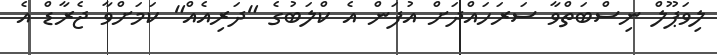
ލިވަޕޫލް ނިސްބަތްވާ ސަރަހައްދަށް އުފަން އެ ކްލަބުގެ "ދަރިއެއް" ކަމަށްވާ ޖެރާޑް އެ